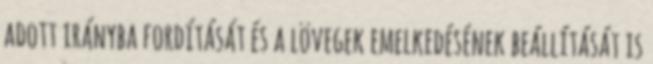
adott irányba fordítását és a lövegek emelkedésének beállítását is